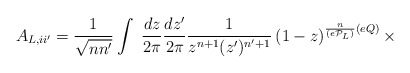
\begin{align*}A_{L,ii'}= \frac{1}{\sqrt{nn'}}\int~\frac{dz}{2\pi}\frac{dz'}{2\pi} \frac{1}{z^{n+1}(z')^{n'+1}} \left(1-z\right)^{\frac{n}{(e{\cal P}_{L})}(eQ)}\times\end{align*}